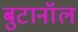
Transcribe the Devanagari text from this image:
बुटानॉल